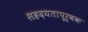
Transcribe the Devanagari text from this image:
सह्रदयतापूर्वक